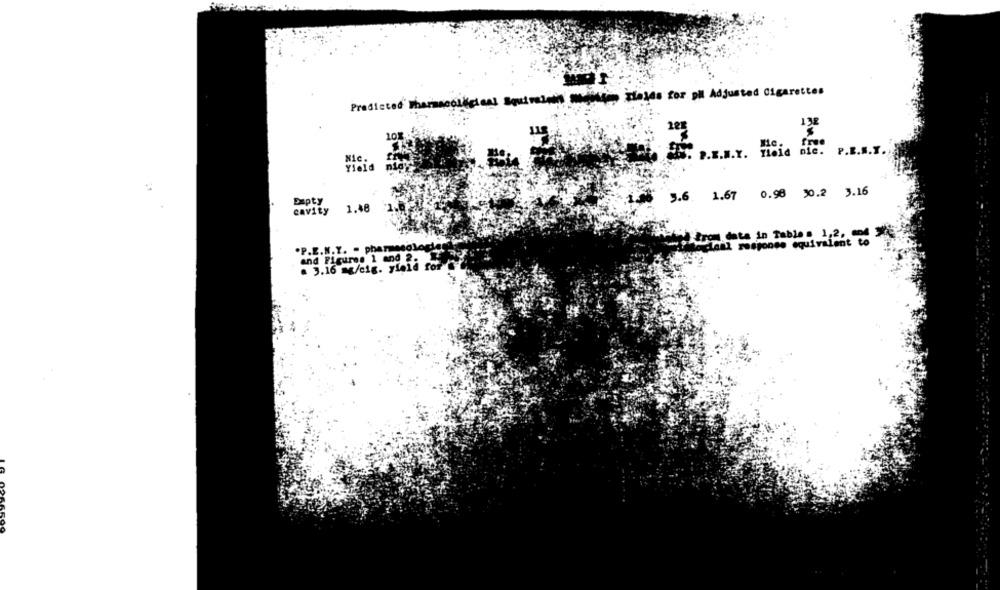
Predicted Pharmacological Squiralain Muslims ziaids for pil Adjusted Cigarettes
10X
free
Tiold nic.
P.R.S.
Nic.
P.E.N.Y.
Yield
5.6. 1.67 0.98 30.2 3.16
Expty
cavity
1.48
Itrom data in Table . 1,2, and Wi
Sociaal response equivalent to
.P.E.N.Y. . pharmacologie
and Figures 1 and 2. 3
. 3.16 mg/cig. yield for